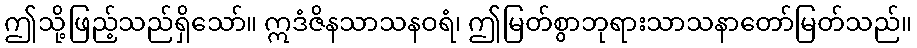
ဤသို့ဖြည့်သည်ရှိသော်။ ဣဒံဇိနသာသနဝရံ၊ ဤမြတ်စွာဘုရားသာသနာတော်မြတ်သည်။